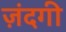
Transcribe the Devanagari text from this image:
ज़ंदगी